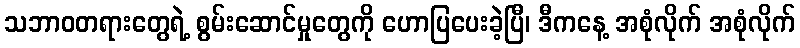
သဘာဝတရားတွေရဲ့ စွမ်းဆောင်မှုတွေကို ဟောပြပေးခဲ့ပြီ၊ ဒီကနေ့ အစုံလိုက် အစုံလိုက်